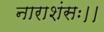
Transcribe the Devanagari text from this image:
नाराशंसः।।